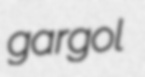
gargol